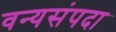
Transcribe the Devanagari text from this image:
वन्यसंपदा